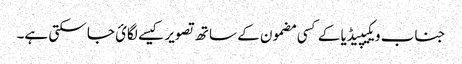
جناب ویکیپیڈیا کے کسی مضمون کے ساتھ تصویر کیسے لگائ جا سکتی ہے۔